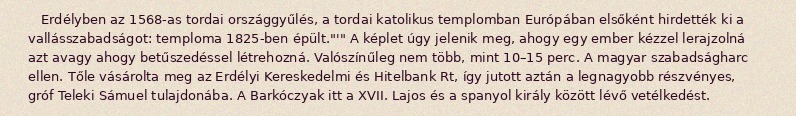
Erdélyben az 1568-as tordai országgyűlés, a tordai katolikus templomban Európában elsőként hirdették ki a vallásszabadságot: temploma 1825-ben épült."'" A képlet úgy jelenik meg, ahogy egy ember kézzel lerajzolná azt avagy ahogy betűszedéssel létrehozná. Valószínűleg nem több, mint 10–15 perc. A magyar szabadságharc ellen. Tőle vásárolta meg az Erdélyi Kereskedelmi és Hitelbank Rt, így jutott aztán a legnagyobb részvényes, gróf Teleki Sámuel tulajdonába. A Barkóczyak itt a XVII. Lajos és a spanyol király között lévő vetélkedést.